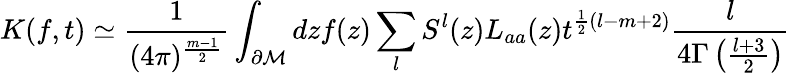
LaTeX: K(f,t)\simeq\frac 1{(4\pi)^{\frac{m-1}2}}\int_{\partial{\cal M}}dzf(z)\sum_{l}S^{l}(z)L_{aa}(z)t^{\frac 12(l-m+2)}\frac{l}{4\Gamma\left(\frac{l+3}2\right)}